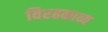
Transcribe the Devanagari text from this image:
विरहकाव्य